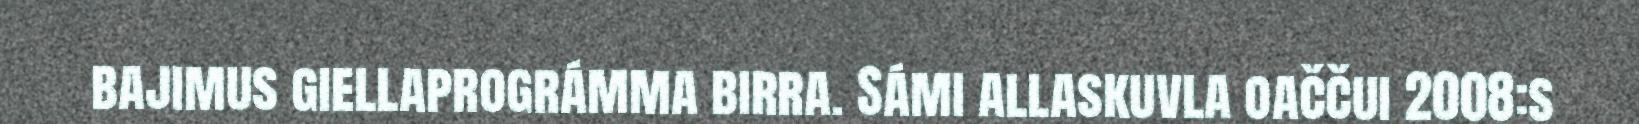
bajimus giellaprográmma birra. Sámi allaskuvla oaččui 2008:s